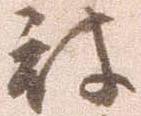
被